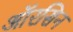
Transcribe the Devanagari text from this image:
ऑरसिन